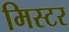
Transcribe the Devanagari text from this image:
मिस्‍टर